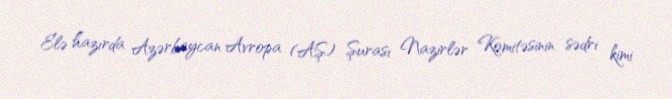
Elə hazırda Azərbaycan Avropa (AŞ) Şurası Nazirlər Komitəsinin sədri kimi